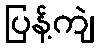
ပြန့်ကျဲ